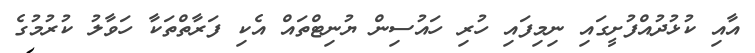
އާއި ކުޅުދުއްފުށީގައި ނިމިފައި ހުރި ހައުސިން ޔުނިޓްތައް އެކި ފަރާތްތަކާ ހަވާލު ކުރުމުގެ